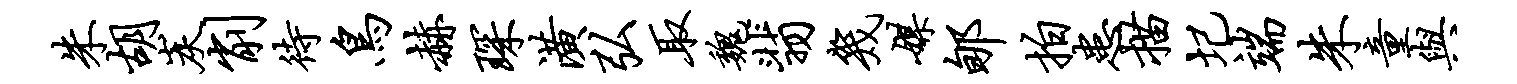
朱胡炭削待鸟赫琛潢弘取魏翡几媒郇拍患描圮端朱童与